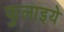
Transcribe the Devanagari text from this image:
फुलाइये